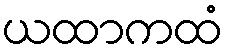
ယထာကထံ